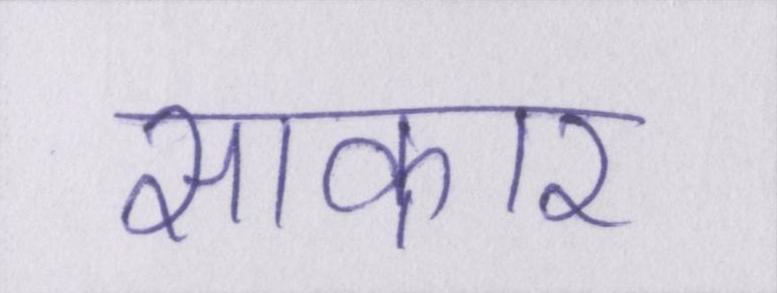
साकार